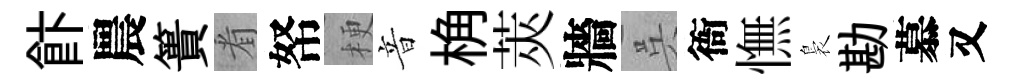
飰農簣㸔帑梗音桷莢牆呉衙憮裊勘慕又